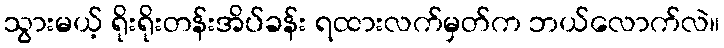
သွားမယ့် ရိုးရိုးတန်းအိပ်ခန်း ရထားလက်မှတ်က ဘယ်လောက်လဲ။